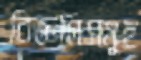
বিজ্ঞপ্তিসমূহ